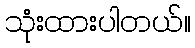
သုံးထားပါတယ်။